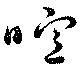
喧